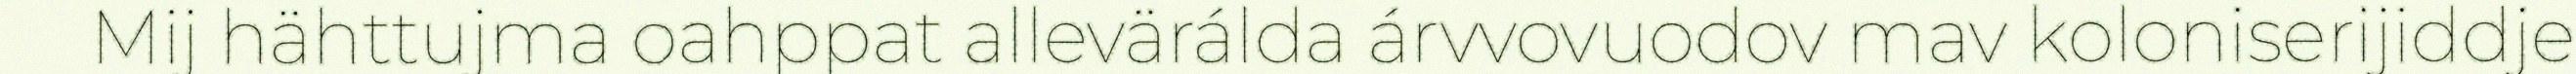
Mij hähttujma oahppat allevärálda árvvovuodov mav koloniserijiddje